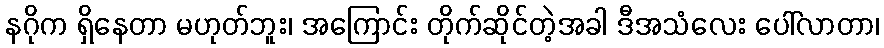
နဂိုက ရှိနေတာ မဟုတ်ဘူး၊ အကြောင်း တိုက်ဆိုင်တဲ့အခါ ဒီအသံလေး ပေါ်လာတာ၊